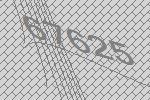
67625